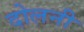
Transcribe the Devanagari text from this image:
दोलनी